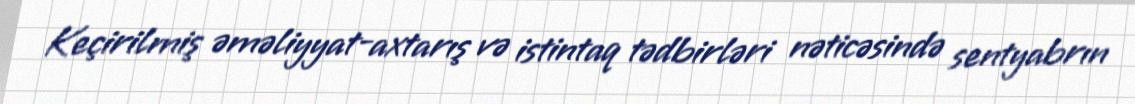
Keçirilmiş əməliyyat-axtarış və istintaq tədbirləri nəticəsində sentyabrın